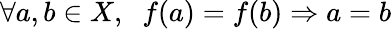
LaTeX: \forall a,b\in X,\; \; f(a)=f(b)\Rightarrow a=b